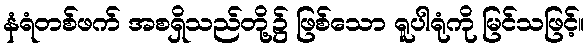
နံရံတစ်ဖက် အစရှိသည်တို့၌ ဖြစ်သော ရူပါရုံကို မြင်သဖြင့်။